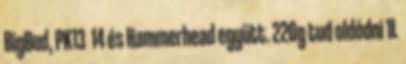
BigBud, PK13 14 és Hammerhead együtt. 220g tud oldódni 1L